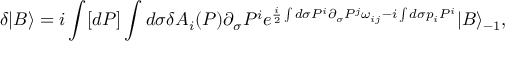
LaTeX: \delta | B \rangle = i \int [ d P ] \int d \sigma \delta A _ { i } ( P ) \partial _ { \sigma } P ^ { i } e ^ { \frac { i } { 2 } \int d \sigma P ^ { i } \partial _ { \sigma } P ^ { j } \omega _ { i j } - i \int d \sigma p _ { i } P ^ { i } } | B \rangle _ { - 1 } ,